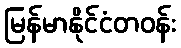
မြန်မာနိုင်ငံတဝန်း